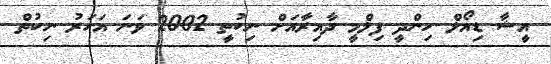
އީޝާ ޑިއޯލް ހިންދީ ފިލްމީ ދާއިރާއަށް ނިކުތީ 2002 ވަނަ އަހަރު ނިކުތް